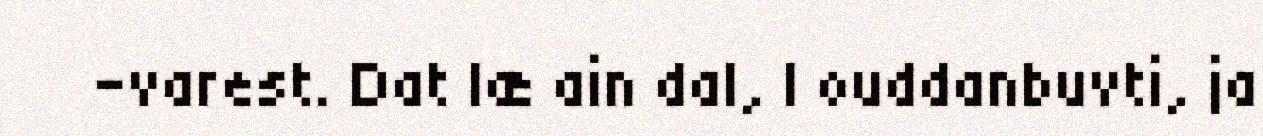
–varest. Dat læ ain dal, | ouddanbuvti, ja